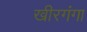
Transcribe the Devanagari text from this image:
खीरगंगा